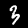
Label: 3